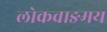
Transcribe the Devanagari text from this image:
लोकवाङमय